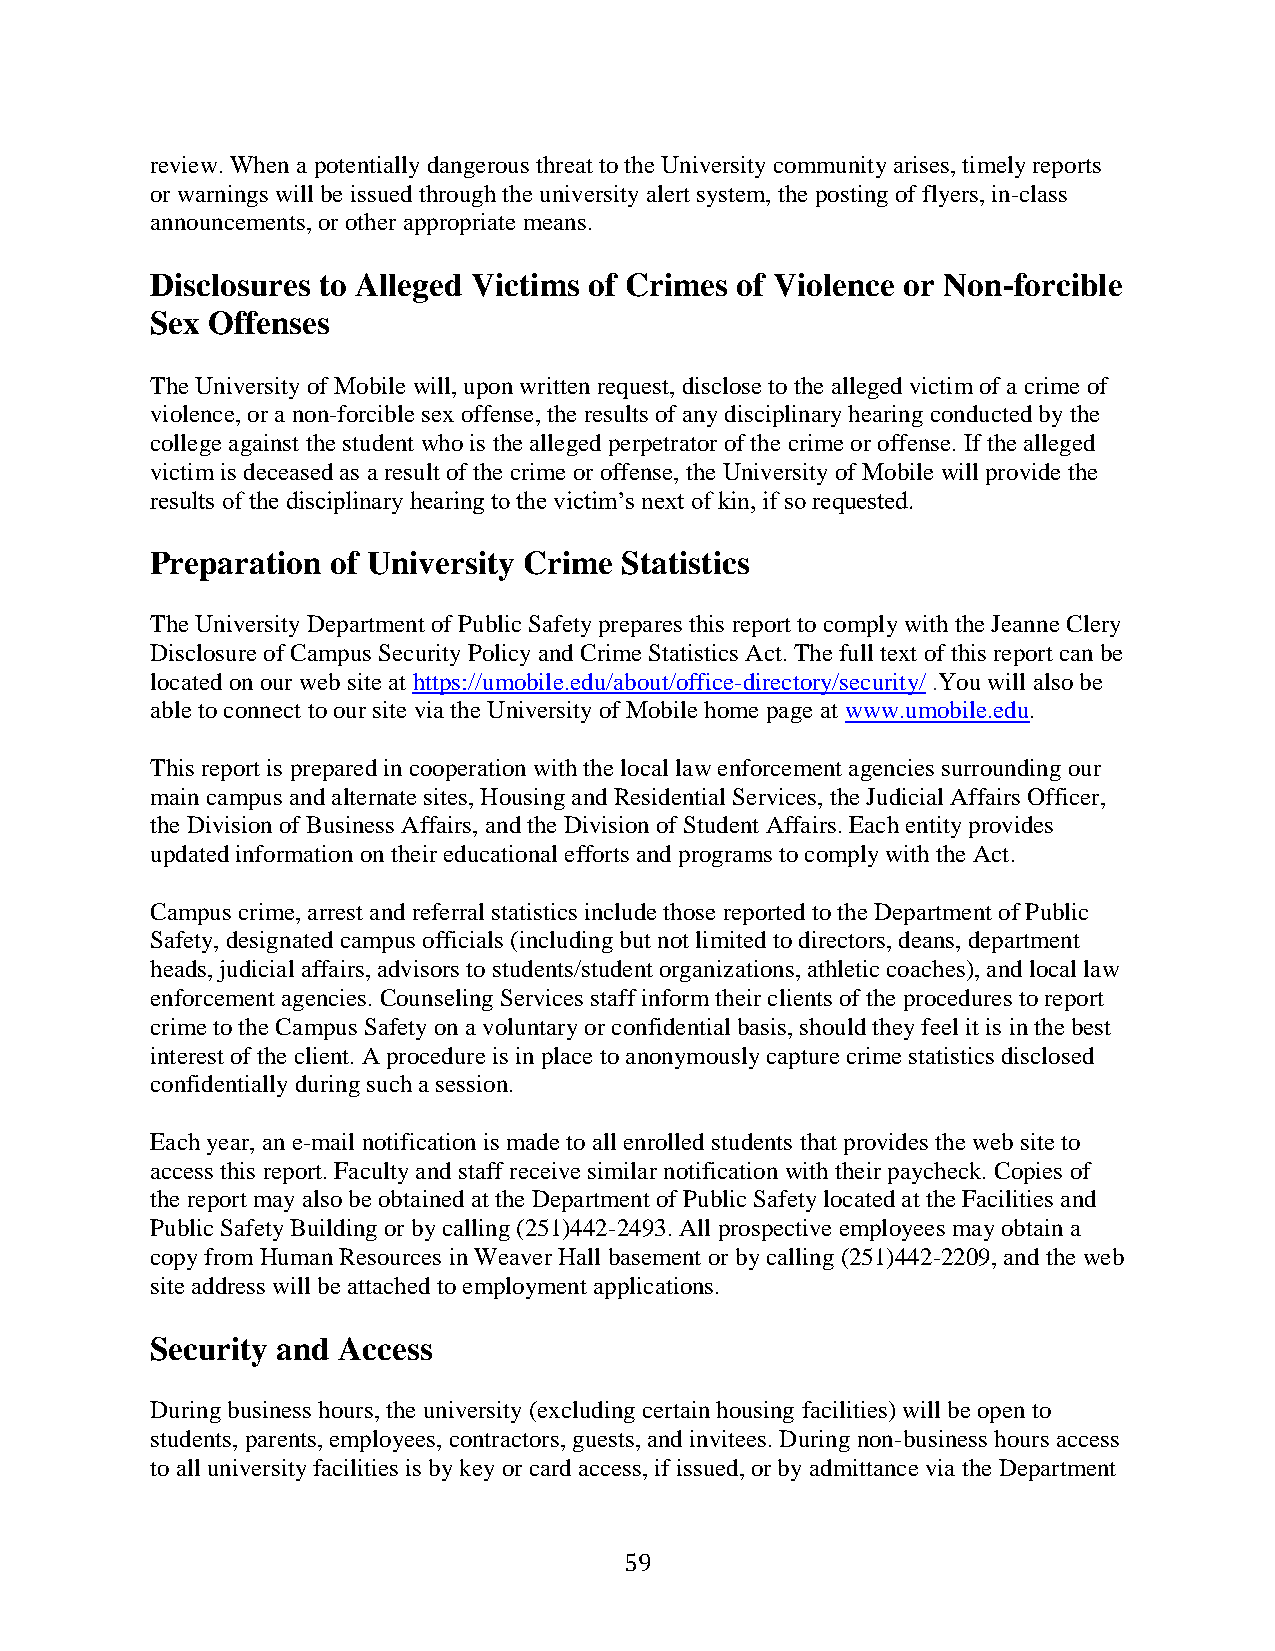
review. When a potentially dangerous threat to the University community arises, timely reports
 or warnings will be issued through the university alert system, the posting of flyers, in-class
 announcements, or other appropriate means.
 Disclosures to Alleged Victims of Crimes of Violence or Non-forcible
 Sex Offenses
 The University of Mobile will, upon written request, disclose to the alleged victim of a crime of
 violence, or a non-forcible sex offense, the results of any disciplinary hearing conducted by the
 college against the student who is the alleged perpetrator of the crime or offense. If the alleged
 victim is deceased as a result of the crime or offense, the University of Mobile will provide the
 results of the disciplinary hearing to the victim’s next of kin, if so requested.
 Preparation of University Crime Statistics
 The University Department of Public Safety prepares this report to comply with the Jeanne Clery
 Disclosure of Campus Security Policy and Crime Statistics Act. The full text of this report can be
 located on our web site at https://umobile.edu/about/office-directory/security/ .You will also be
 able to connect to our site via the University of Mobile home page at www.umobile.edu.
 This report is prepared in cooperation with the local law enforcement agencies surrounding our
 main campus and alternate sites, Housing and Residential Services, the Judicial Affairs Officer,
 the Division of Business Affairs, and the Division of Student Affairs. Each entity provides
 updated information on their educational efforts and programs to comply with the Act.
 Campus crime, arrest and referral statistics include those reported to the Department of Public
 Safety, designated campus officials (including but not limited to directors, deans, department
 heads, judicial affairs, advisors to students/student organizations, athletic coaches), and local law
 enforcement agencies. Counseling Services staff inform their clients of the procedures to report
 crime to the Campus Safety on a voluntary or confidential basis, should they feel it is in the best
 interest of the client. A procedure is in place to anonymously capture crime statistics disclosed
 confidentially during such a session.
 Each year, an e-mail notification is made to all enrolled students that provides the web site to
 access this report. Faculty and staff receive similar notification with their paycheck. Copies of
 the report may also be obtained at the Department of Public Safety located at the Facilities and
 Public Safety Building or by calling (251)442-2493. All prospective employees may obtain a
 copy from Human Resources in Weaver Hall basement or by calling (251)442-2209, and the web
 site address will be attached to employment applications.
 Security and Access
 During business hours, the university (excluding certain housing facilities) will be open to
 students, parents, employees, contractors, guests, and invitees. During non-business hours access
 to all university facilities is by key or card access, if issued, or by admittance via the Department
 59